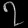
Digit: ၇